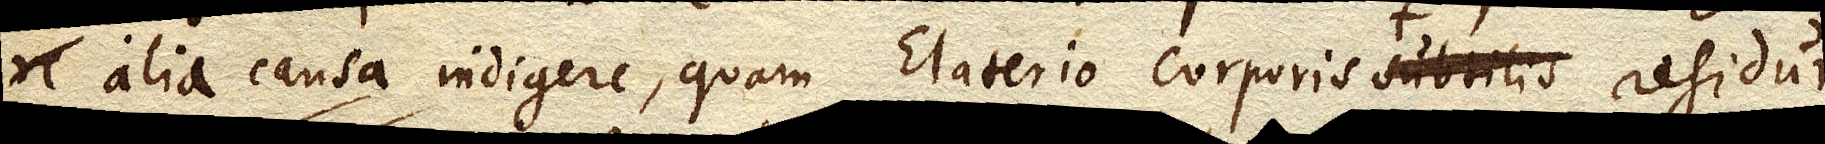
alia causa indigere, quam Elaterio corporis subtilis aere communi subtilioris residui,